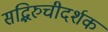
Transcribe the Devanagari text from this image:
सद्भिरुचीदर्शक